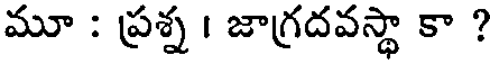
మూ : ప్రశ్న । జాగ్రదవస్థా కా ?